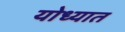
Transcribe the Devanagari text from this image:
योध्यात